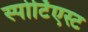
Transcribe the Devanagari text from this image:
स्पोर्टिएस्ट